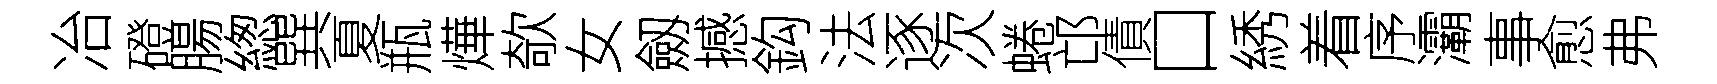
冶磴腸緫巽夏瓶燁欹女劔撼鈎法逐次蜷邙債口綉着序灞事愈弗